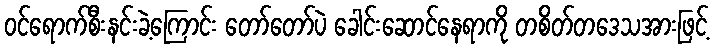
ဝင်ရောက်စီးနင်းခဲ့ကြောင်း တော်တော်ပဲ ခေါင်းဆောင်နေရာကို တစိတ်တဒေသအားဖြင့်